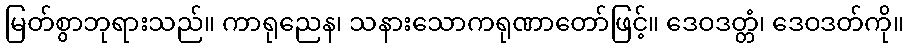
မြတ်စွာဘုရားသည်။ ကာရုညေန၊ သနားသောကရုဏာတော်ဖြင့်။ ဒေဝဒတ္တံ၊ ဒေဝဒတ်ကို။